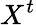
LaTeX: X^{t}